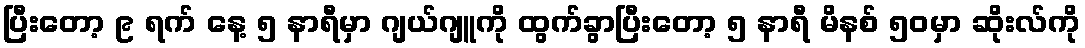
ပြီးတော့ ၉ ရက် နေ့ ၅ နာရီမှာ ဂျယ်ဂျူကို ထွက်ခွာပြီးတော့ ၅ နာရီ မိနစ် ၅၀မှာ ဆိုးလ်ကို